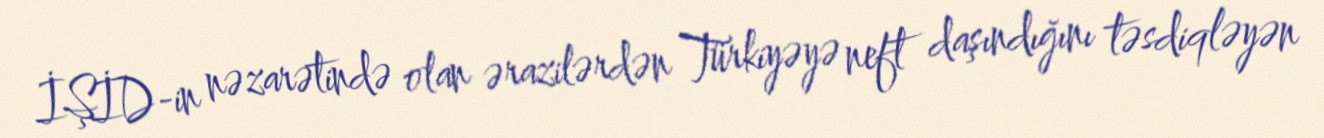
İŞİD-in nəzarətində olan ərazilərdən Türkiyəyə neft daşındığını təsdiqləyən